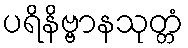
ပရိနိဗ္ဗာနသုတ္တံ